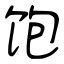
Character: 饱